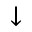
\downarrow